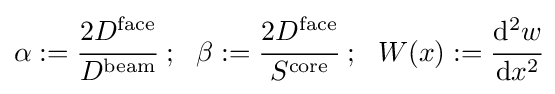
\alpha :={\cfrac {2D^{\mathrm {face} }}{D^{\mathrm {beam} }}}~;~~\beta :={\cfrac {2D^{\mathrm {face} }}{S^{\mathrm {core} }}}~;~~W(x):={\cfrac {\mathrm {d} ^{2}w}{\mathrm {d} x^{2}}}